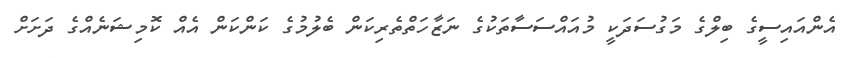
އެންއައިސީގެ ބިލްގެ މަގުސަދަކީ މުއައްސަސާތަކުގެ ނަޒާހަތްތެރިކަން ބެލުމުގެ ކަންކަން އެއް ކޮމިޝަނެއްގެ ދަށަށް